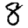
Digit: 8